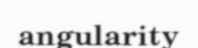
angularity